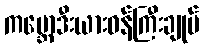
ကမ္ဘောဒီးယားဝန်ကြီးချုပ်